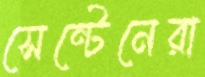
সেন্টেনেরা